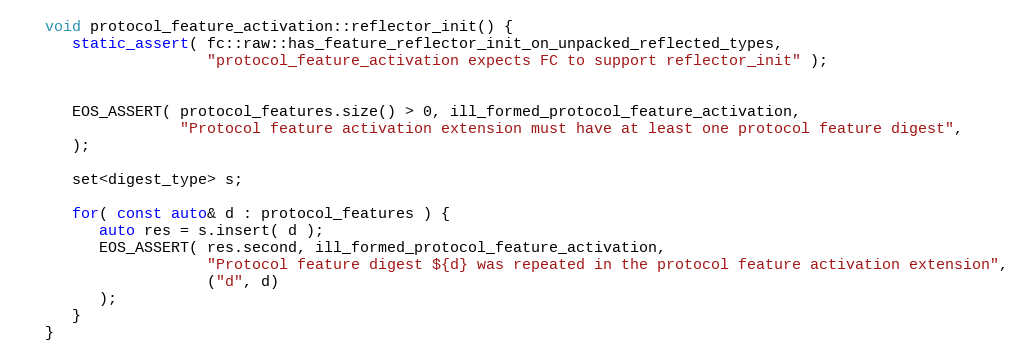
Language: C++
   void protocol_feature_activation::reflector_init() {
      static_assert( fc::raw::has_feature_reflector_init_on_unpacked_reflected_types,
                     "protocol_feature_activation expects FC to support reflector_init" );

      EOS_ASSERT( protocol_features.size() > 0, ill_formed_protocol_feature_activation,
                  "Protocol feature activation extension must have at least one protocol feature digest",
      );

      set<digest_type> s;

      for( const auto& d : protocol_features ) {
         auto res = s.insert( d );
         EOS_ASSERT( res.second, ill_formed_protocol_feature_activation,
                     "Protocol feature digest ${d} was repeated in the protocol feature activation extension",
                     ("d", d)
         );
      }
   }